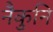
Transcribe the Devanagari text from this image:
नैकुनि